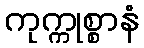
ကုက္ကုစ္စာနံ